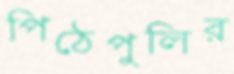
পিঠেপুলির